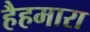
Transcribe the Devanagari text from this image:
हैहमारा